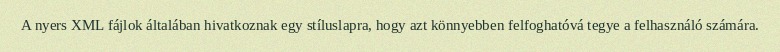
A nyers XML fájlok általában hivatkoznak egy stíluslapra, hogy azt könnyebben felfoghatóvá tegye a felhasználó számára.